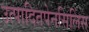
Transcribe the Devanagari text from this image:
उत्पादितपेनसिलिंस